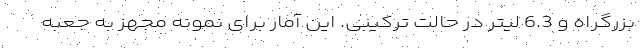
بزرگراه و 6.3 لیتر در حالت ترکیبی. این آمار برای نمونه مجهز به جعبه